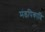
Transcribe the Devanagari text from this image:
मंडपिकादि